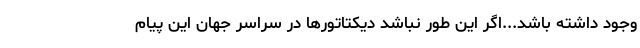
وجود داشته باشد...اگر این طور نباشد دیکتاتورها در سراسر جهان این پیام